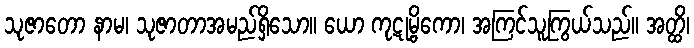
သုဇာတော နာမ၊ သုဇာတာအမည်ရှိသော။ ယော ကုဋုမ္ဗိကော၊ အကြင်သူကြွယ်သည်။ အတ္ထိ၊